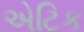
એટિક